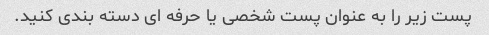
پست زیر را به عنوان پست شخصی یا حرفه ای دسته بندی کنید.